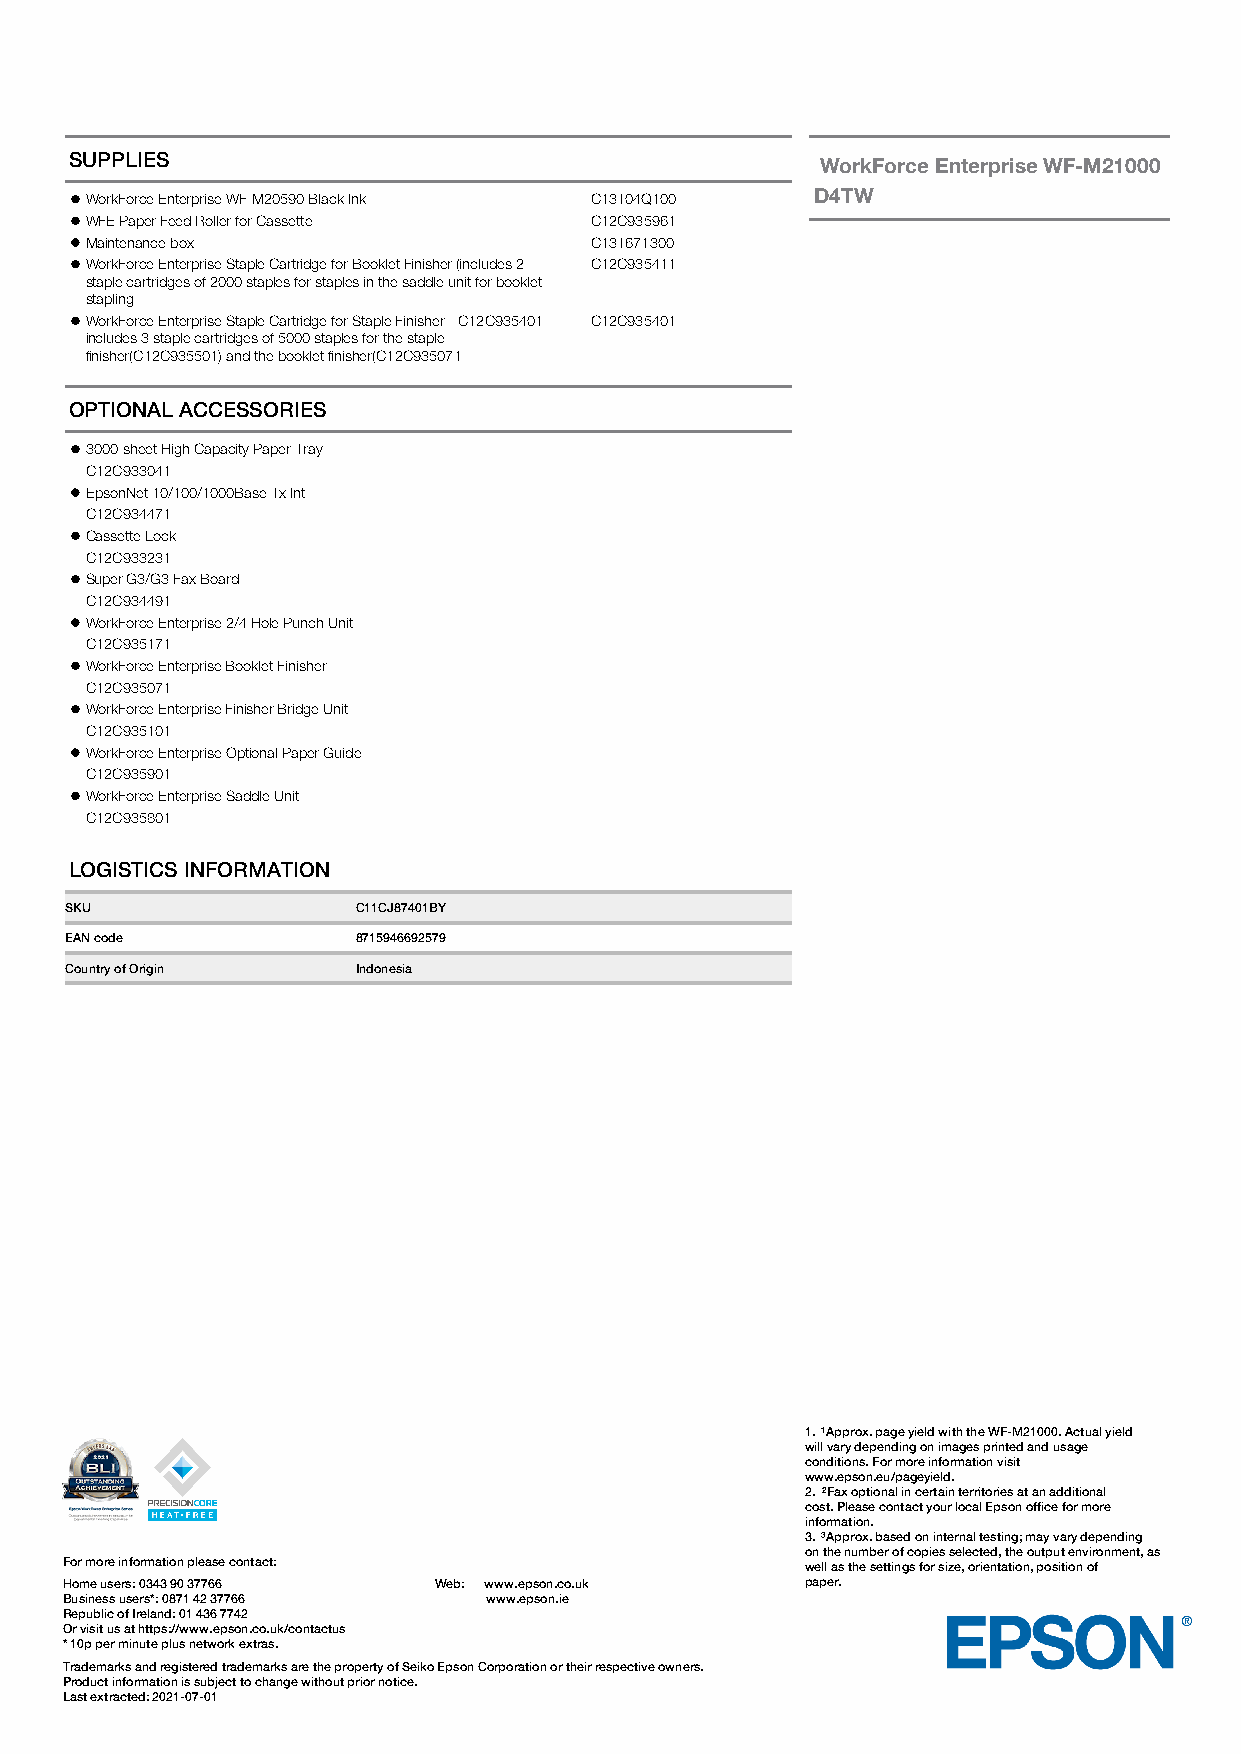
SUPPLIES                                         WorkForceEnterpriseWF-M21000
 WorkForce Enterprise WF-M20590 Black Ink C13T04Q100 D4TW
 WFE Paper Feed Roller for Cassette C12C935961
 Maintenance box                  C13T671300
 WorkForce Enterprise Staple Cartridge for Booklet Finisher (includes 2 C12C935411
 staple cartridges of 2000 staples for staples in the saddle unit for booklet
 stapling
 WorkForce Enterprise Staple Cartridge for Staple Finisher - C12C935401 C12C935401
 includes 3 staple cartridges of 5000 staples for the staple
 finisher(C12C935501) and the booklet finisher(C12C935071
 OPTIONAL ACCESSORIES
 3000-sheet High Capacity Paper Tray
 C12C933041
 EpsonNet 10/100/1000Base Tx Int
 C12C934471
 Cassette Lock
 C12C933231
 Super G3/G3 Fax Board
 C12C934491
 WorkForce Enterprise 2/4 Hole Punch Unit
 C12C935171
 WorkForce Enterprise Booklet Finisher
 C12C935071
 WorkForce Enterprise Finisher Bridge Unit
 C12C935101
 WorkForce Enterprise Optional Paper Guide
 C12C935901
 WorkForce Enterprise Saddle Unit
 C12C935801
 LOGISTICS INFORMATION
 SKU                 C11CJ87401BY
 EAN code            8715946692579
 Country of Origin   Indonesia
 1. ¹Approx. page yield with the WF-M21000. Actual yield
 will vary depending on images printed and usage
 conditions. For more information visit
 www.epson.eu/pageyield.
 2. ²Fax optional in certain territories at an additional
 cost. Please contact your local Epson office for more
 information.
 3. ³Approx. based on internal testing; may vary depending
 on the number of copies selected, the output environment, as
 For more information please contact:             well as the settings for size, orientation, position of
 Home users: 0343 90 37766 Web: www.epson.co.uk   paper.
 Business users*: 0871 42 37766 www.epson.ie
 Republic of Ireland: 01 436 7742
 Or visit us at https://www.epson.co.uk/contactus
 * 10p per minute plus network extras.
 Trademarks and registered trademarks are the property of Seiko Epson Corporation or their respective owners.
 Product information is subject to change without prior notice.
 Last extracted: 2021-07-01